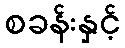
စခန်းနှင့်